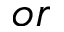
o r